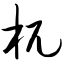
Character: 杌